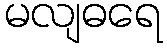
မလျဓရေ